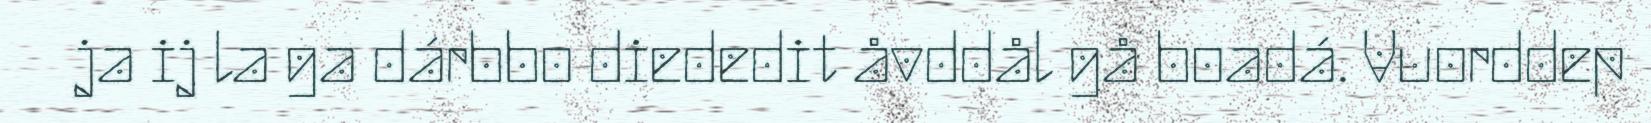
ja ij la ga dárbbo diededit åvddål gå boadá. Vuorddep